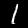
Label: 1